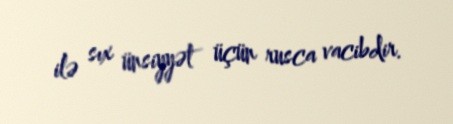
ilə sıx ünsiyyət üçün rusca vacibdir.